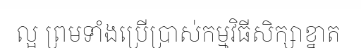
ល្អ ព្រមទាំងប្រើប្រាស់កម្មវិធីសិក្សាខ្នាត